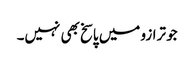
جو ترازو میں پاسخ بھی نہیں۔